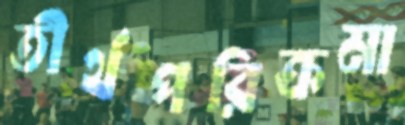
তীর্থপরিক্রমা